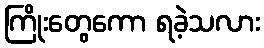
ကြိုးတွေကော ရခဲ့သလား